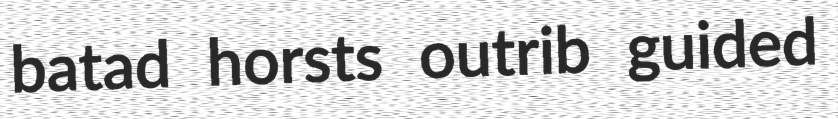
batad horsts outrib guided